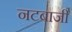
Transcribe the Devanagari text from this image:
नटबाजी